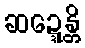
ဆဍ္ဍေန္တိ